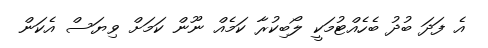
އެ ފަދަ ބުދު ބެހެއްޓުމަކީ ލޯބިކުރާ ކަމެއް ނޫން ކަމަށް ވިޔަސް އެކަން